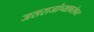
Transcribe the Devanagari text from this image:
जसराजांच्याबरोबर